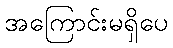
အကြောင်းမရှိပေ